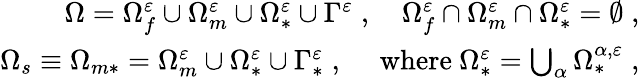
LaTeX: \begin{array}{r}{\Omega=\Omega_{f}^{\varepsilon}\cup\Omega_{m}^{\varepsilon}\cup\Omega_{*}^{\varepsilon}\cup\Gamma^{\varepsilon}\; ,\quad\Omega_{f}^{\varepsilon}\cap\Omega_{m}^{\varepsilon}\cap\Omega_{*}^{\varepsilon}=\emptyset\; ,}\\ {\Omega_{s}\equiv\Omega_{m*}=\Omega_{m}^{\varepsilon}\cup\Omega_{*}^{\varepsilon}\cup\Gamma_{*}^{\varepsilon}\; ,\quad\mathrm{~where~}\Omega_{*}^{\varepsilon}=\bigcup_{\alpha}\Omega_{*}^{{\alpha},\varepsilon}\; ,}\end{array}